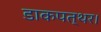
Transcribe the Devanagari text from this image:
डाकपत्थर।